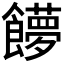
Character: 𩟞